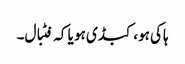
ہاکی ہو، کبڈی ہو یا کہ فٹبال۔